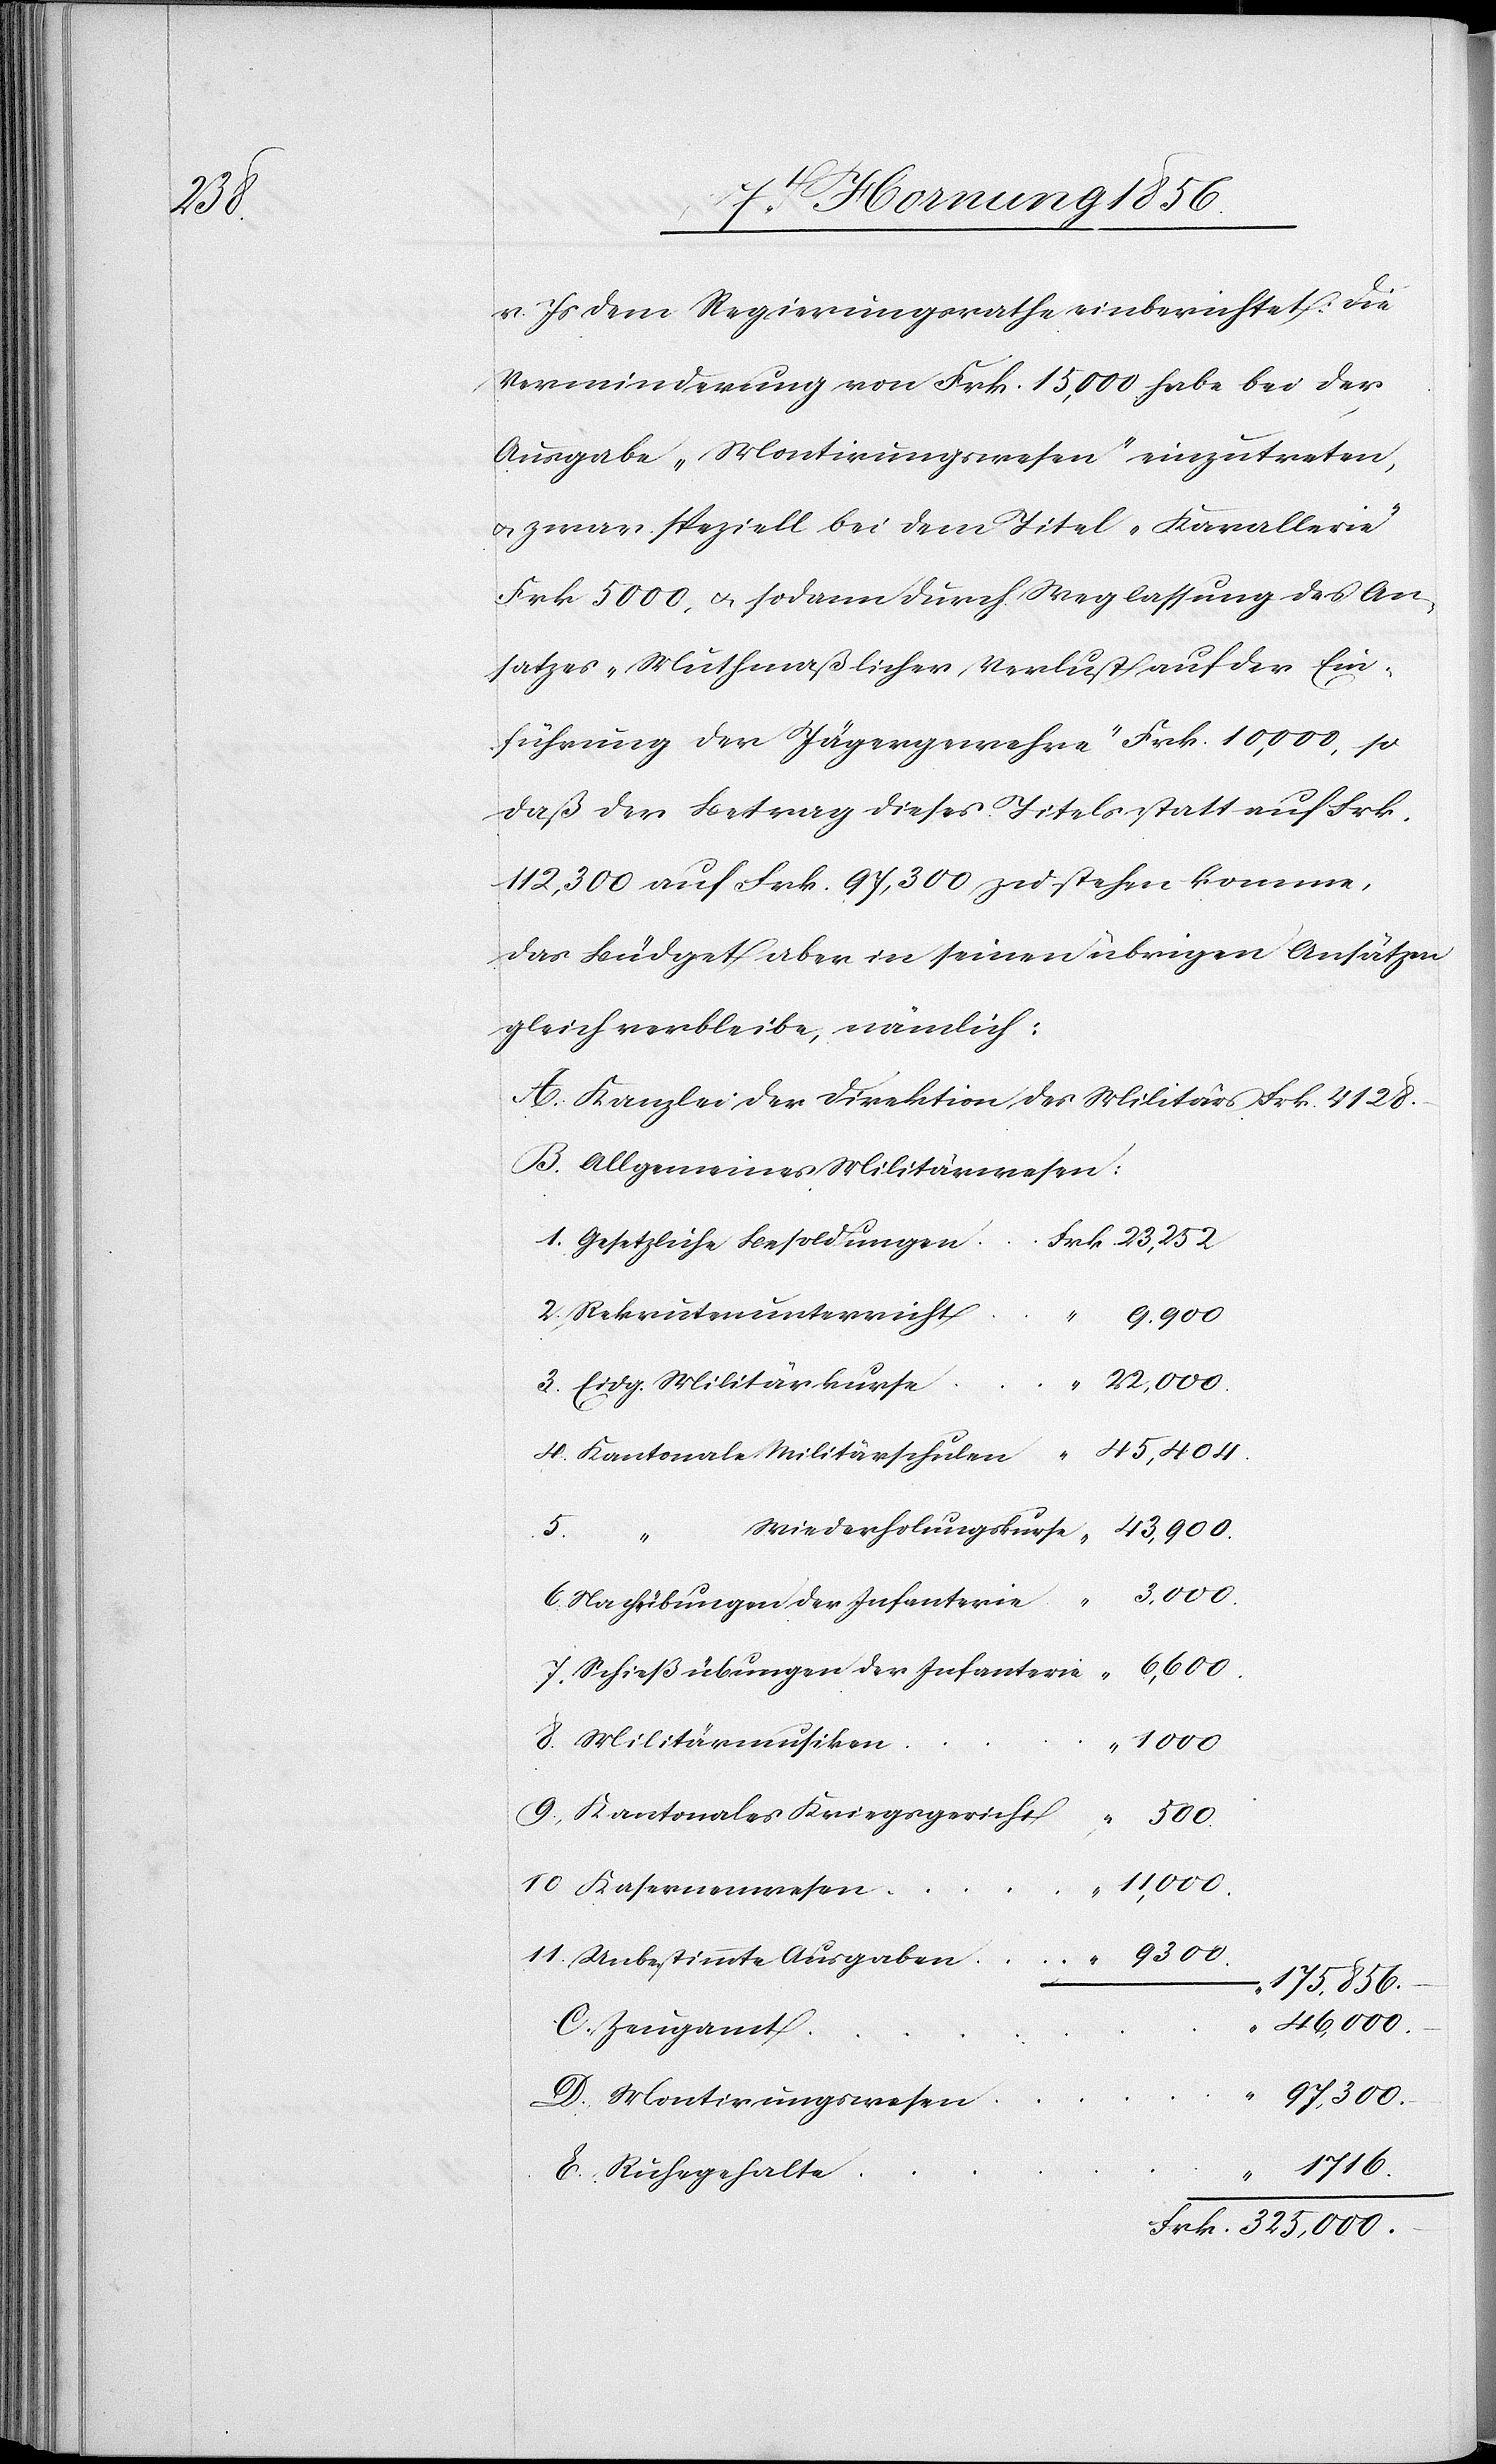
Frk.

v. Js dem Regierungsrathe einberichtet: Die
Verminderung von Frk. 15,000 habe bei der
Ausgabe „Montirungswesen“ einzutreten,
u. zwar speziell bei dem Titel „Kavallerie“
Frk 5000, u. sodann durch Weglassung des An¬
satzes „Muthmaßlicher Verlust auf der Ein¬
führung der Jägergewehre“ Frk. 10,000, so
daß der Betrag dieses Titels statt auf Frk.
112,300 auf Frk. 97,300 zu stehen komme,
das Büdget aber in seinen übrigen Ansätzen
gleich verbleibe, nämlich:
A. Kanzlei der Direktion des Militärs Frk. 4128.
B. Allgemeines Militärwesen:
Gesetzliche Besoldungen
Rekrutenunterricht
9.900
6,600.
9.
Ruhegehalte
Kantonales Kriegsgericht
9300.
11,000.
175,856.-
325,000.
97,300.-
1716.